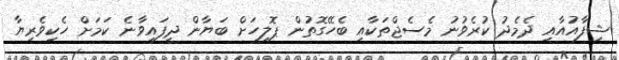
ޝިފާއުއާއި ދެމެދު ކުރެވުނު މެސެޖްތަކާއި ބެހޭގޮތުން ޕޮލިހަށް ބަޔާން ދީފައިވާނެ ކަމަށް ހެކިވެރިޔާ